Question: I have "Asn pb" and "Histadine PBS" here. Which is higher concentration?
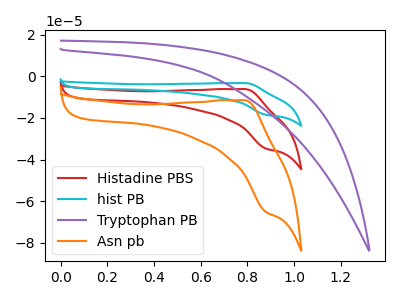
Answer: <think>The red curve "Histadine PBS" has an anodic peak at (0.80V, -6.15uA) and a cathodic peak at (0.90V, -34.75uA). The cyan curve "hist PB" has an anodic peak at (0.80V, -12.25uA) and a cathodic peak at (0.90V, -69.50uA). The purple curve "Tryptophan PB" has no peaks. The orange curve "Asn pb" has an anodic peak at (0.80V, -11.50uA) and a cathodic peak at (0.90V, -65.25uA).
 All the peaks in "Asn pb" have a peak in "Histadine PBS" at the same potential.</think>
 <answer>I cant tell if "Asn pb" or "Histadine PBS" has higher concentration.</answer>
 <eval>mixed_concentration</eval>